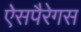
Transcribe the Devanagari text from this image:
ऐसपैरेगस